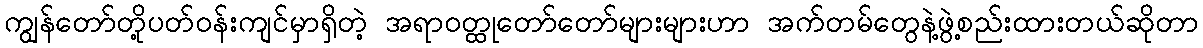
ကျွန်တော်တို့ပတ်ဝန်းကျင်မှာရှိတဲ့ အရာဝတ္ထုတော်တော်များများဟာ အက်တမ်တွေနဲ့ဖွဲ့စည်းထားတယ်ဆိုတာ